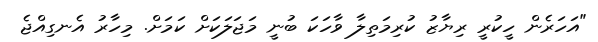
"އަހަރެން ހީކުރީ ރިޔާޒު ކުރިމަތިލާ ވާހަކަ ބުނީ މަޖަލަކަށް ކަމަށް. މިހާރު އެނގިއްޖެ